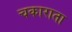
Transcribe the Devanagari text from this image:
चकाराता